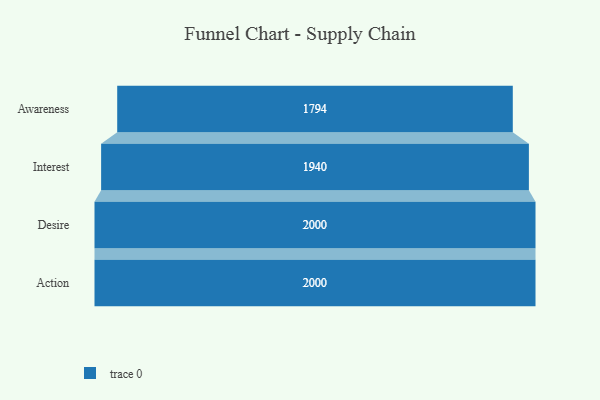
{"axis": {"x": "Stage", "y": "Value"}, "legend": [""], "data": [{"x": "Awareness", "y": 1794.0, "type": ""}, {"x": "Interest", "y": 1940.0, "type": ""}, {"x": "Desire", "y": 2000, "type": ""}, {"x": "Action", "y": 2000, "type": ""}]}